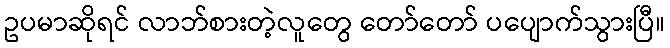
ဥပမာဆိုရင် လာဘ်စားတဲ့လူတွေ တော်တော် ပပျောက်သွားပြီ။